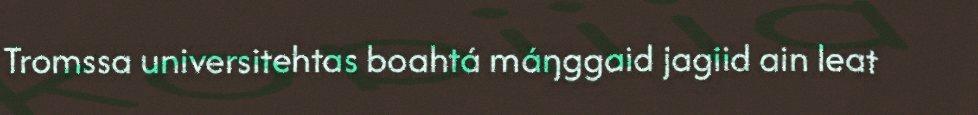
Tromssa universitehtas boahtá máŋggaid jagiid ain leat